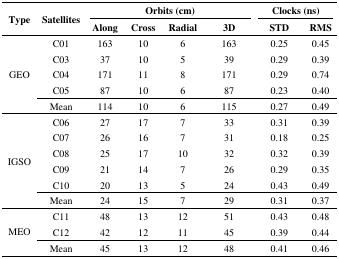
<table><thead><tr><td rowspan="3"><b>Type</b></td><td rowspan="3"><b>Satellites</b></td><td colspan="4"><b>Orbits (cm)</b></td><td colspan="2"><b>Clocks (ns)</b></td></tr><tr><td><b>Along</b></td><td><b>Cross</b></td><td><b>Radial</b></td><td><b>3D</b></td><td><b>STD</b></td><td><b>RMS</b></td></tr></thead><tbody><tr><td rowspan="6">GEO</td><td>C01</td><td>163</td><td>10</td><td>6</td><td>163</td><td>0.25</td><td>0.45</td></tr><tr><td>C03</td><td>37</td><td>10</td><td>5</td><td>39</td><td>0.29</td><td>0.39</td></tr><tr><td>C04</td><td>171</td><td>11</td><td>8</td><td>171</td><td>0.29</td><td>0.74</td></tr><tr><td>C05</td><td>87</td><td>10</td><td>6</td><td>87</td><td>0.23</td><td>0.40</td></tr><tr><td>Mean</td><td>114</td><td>10</td><td>6</td><td>115</td><td>0.27</td><td>0.49</td></tr><tr><td rowspan="7">IGSO</td><td>C06</td><td>27</td><td>17</td><td>7</td><td>33</td><td>0.31</td><td>0.39</td></tr><tr><td>C07</td><td>26</td><td>16</td><td>7</td><td>31</td><td>0.18</td><td>0.25</td></tr><tr><td>C08</td><td>25</td><td>17</td><td>10</td><td>32</td><td>0.32</td><td>0.39</td></tr><tr><td>C09</td><td>21</td><td>14</td><td>7</td><td>26</td><td>0.29</td><td>0.35</td></tr><tr><td>C10</td><td>20</td><td>13</td><td>5</td><td>24</td><td>0.43</td><td>0.49</td></tr><tr><td>Mean</td><td>24</td><td>15</td><td>7</td><td>29</td><td>0.31</td><td>0.37</td></tr><tr><td rowspan="4">MEO</td><td>C11</td><td>48</td><td>13</td><td>12</td><td>51</td><td>0.43</td><td>0.48</td></tr><tr><td>C12</td><td>42</td><td>12</td><td>11</td><td>45</td><td>0.39</td><td>0.44</td></tr><tr><td>Mean</td><td>45</td><td>13</td><td>12</td><td>48</td><td>0.41</td><td>0.46</td></tr></tbody></table>